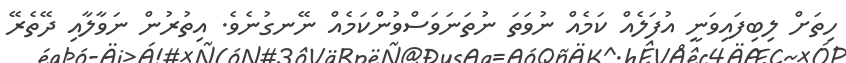
ހިތަށް ލިބިފައިވަނީ އުފަލެއް ކަމެއް ނުވަތަ ނުތަނަވަސްވުންކަމެއް ނޭނގުނެވެ. އިތުރުން ނަވާލާއި ދޭތެރޭ